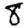
Digit: 8